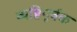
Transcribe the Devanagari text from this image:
व्यष्टिपूर्वक